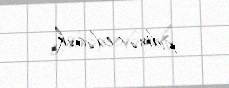
xidmət edəcək.